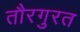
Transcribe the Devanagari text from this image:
तौरगुरत